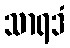
သာရဒံ